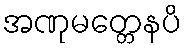
အဏုမတ္တေနပိ